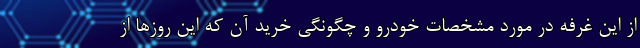
از این غرفه در مورد مشخصات خودرو و چگونگی خرید آن که این روزها از